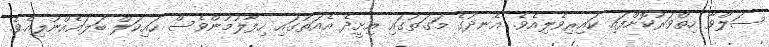
ސަލްވާ ހިތްވަރުކޮށްފައި ކައިރިވެލިއެވެ. އެނދުގެ މަގަތުގައި އިށީދެ އެއަތުގައި ހިފާލުމުންވެސް ހައިކަލް ބަލައެއްނުލިއެވެ.